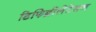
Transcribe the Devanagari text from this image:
डिफिब्रीलेटेशन